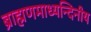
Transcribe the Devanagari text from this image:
ब्राह्मणमाध्यन्दिनीय